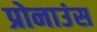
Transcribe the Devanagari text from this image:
प्रोनाउंस